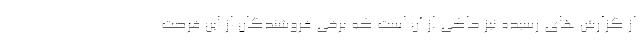
از گزارش های رسیده نیز حاکی از آن است که برخی فروشندگان از این فرصت